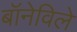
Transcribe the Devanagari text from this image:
बॉनेविले